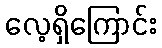
လေ့ရှိကြောင်း